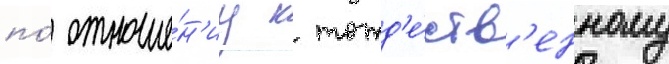
по́ отноше́н'иу к тожд'е́ств'енному